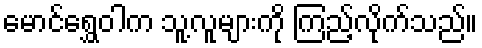
မောင်ရွှေဝါက သူ့လူများကို ကြည့်လိုက်သည်။